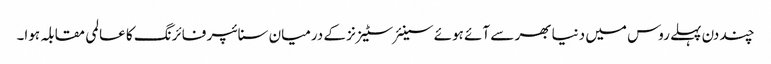
چند دن پہلے روس میں دنیا بھر سے آئے ہوئے سینئر سٹیزنز کے درمیان سنائپر فائرنگ کا عالمی مقابلہ ہوا۔